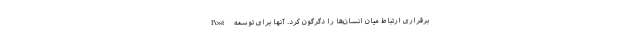
برقراری ارتباط میان انسان‌ها را دگرگون کرد. آنها برای توسعه Post